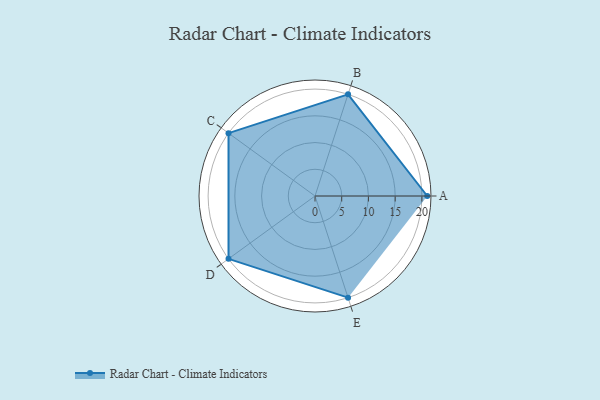
{"axis": {"x": "Skill", "y": "Score"}, "legend": ["Profile"], "data": [{"x": "A", "y": 21.0, "type": "Profile"}, {"x": "B", "y": 20, "type": "Profile"}, {"x": "C", "y": 20, "type": "Profile"}, {"x": "D", "y": 20, "type": "Profile"}, {"x": "E", "y": 20, "type": "Profile"}]}